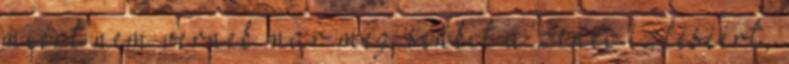
miért nem vernek már meg senkit a zenei ízléséért,